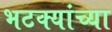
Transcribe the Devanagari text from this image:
भटक्यांच्या